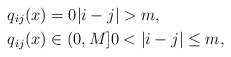
\begin{align*}q_{ij}(x) &=0 |i-j|>m, \\q_{ij}(x) &\in (0,M] 0<|i-j|\leq m,\end{align*}